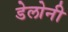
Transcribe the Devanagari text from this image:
डेलोनी